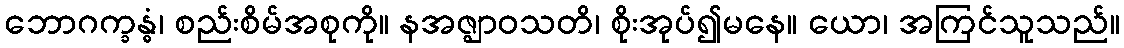
ဘောဂက္ခန္ဓံ၊ စည်းစိမ်အစုကို။ နအဇ္ဈာဝသတိ၊ စိုးအုပ်၍မနေ။ ယော၊ အကြင်သူသည်။